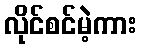
လိုင်စင်မဲ့ကား